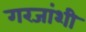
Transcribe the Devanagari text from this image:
गरजांशी